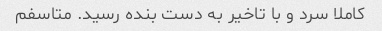
کاملا سرد و با تاخیر به دست بنده رسید. متاسفم